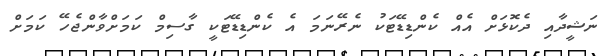
ނަޝީދާއި ދެކޮޅަށް އެއް ކެންޑިޑޭޓަކު ނެރޭނަމަ އެ ކެންޑިޑޭޓަކީ ގާސިމް ކަމަށްވާންޖެހޭ ކަމަށް